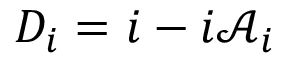
D _ { i } = \d _ { i } - i \mathcal { A } _ { i }